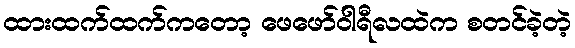
ထားထက်ထက်ကတော့ ဖေဖော်ဝါရီလထဲက စတင်ခဲ့တဲ့